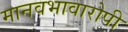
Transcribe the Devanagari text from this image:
मानवभावारोपी